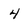
Character: 4